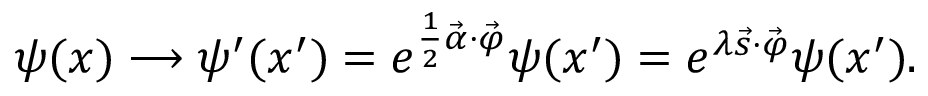
\psi ( x ) \longrightarrow \psi ^ { \prime } ( x ^ { \prime } ) = e ^ { \frac { 1 } { 2 } \vec { \alpha } \cdot \vec { \varphi } } \psi ( x ^ { \prime } ) = e ^ { \lambda \vec { s } \cdot \vec { \varphi } } \psi ( x ^ { \prime } ) .